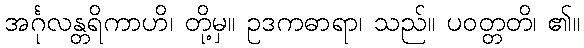
အင်္ဂုလန္တရိကာဟိ၊ တို့မှ။ ဥဒကဓာရာ၊ သည်။ ပဝတ္တတိ၊ ၏။